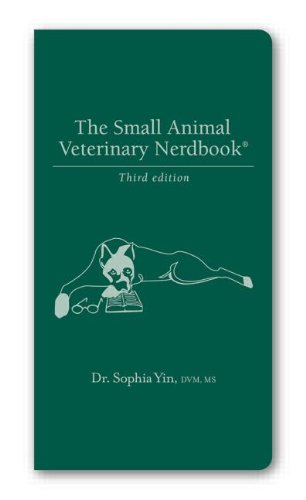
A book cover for The Small Animal Veterinary Nerdbook; Sophia Yin; Medical Books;